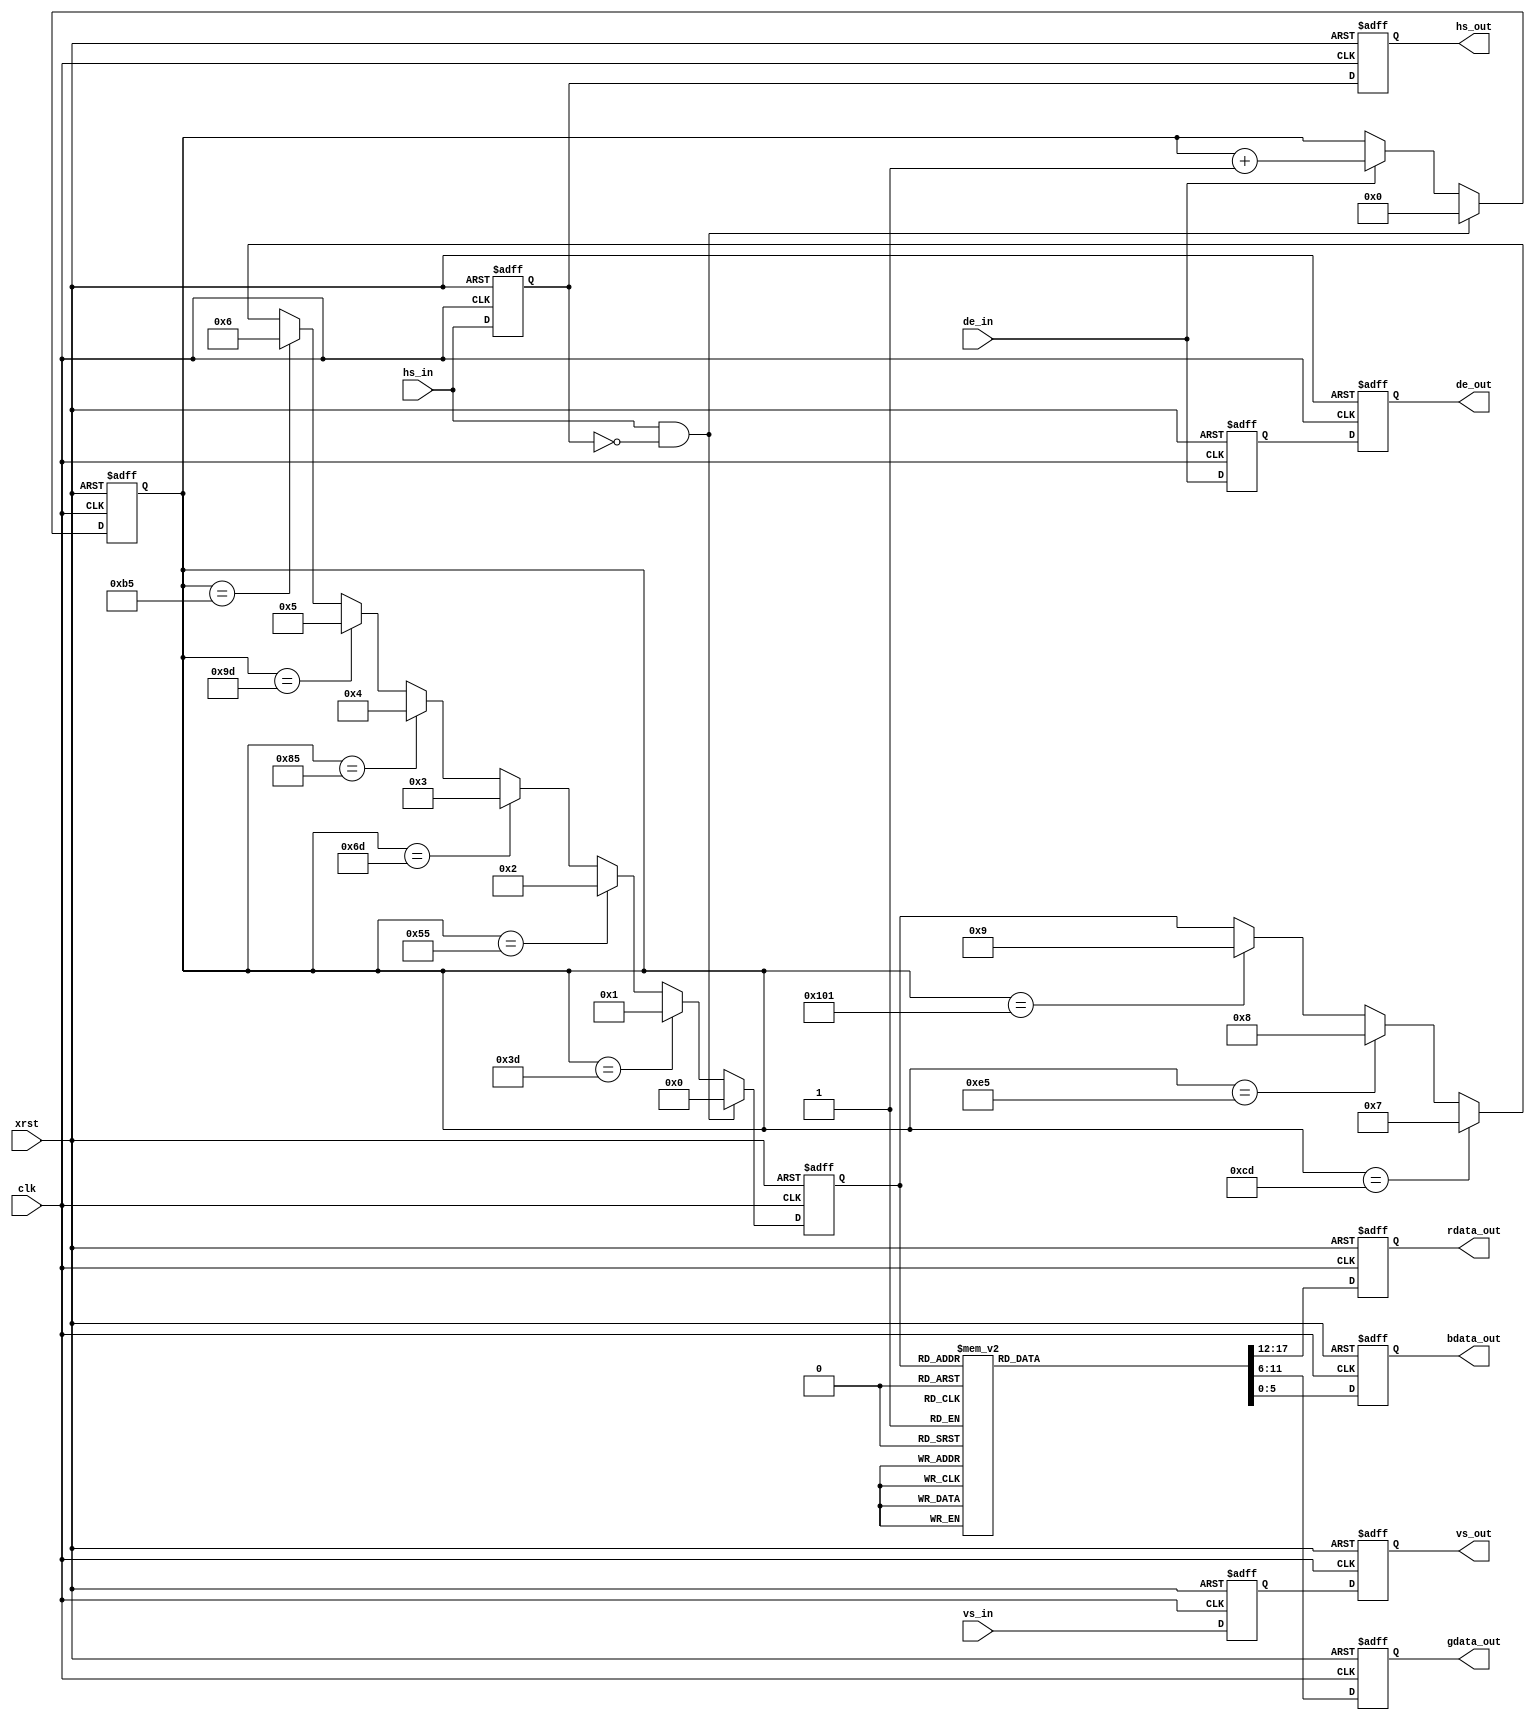
`timescale 1 ns / 1 ps
module pgen(
	    clk,
	    xrst,
	    vs_in,
	    hs_in,
	    de_in,
	    vs_out,
	    hs_out,
	    de_out,
	    rdata_out,
	    gdata_out,
	    bdata_out
	    );

   parameter P_DAT_BIT = 6;
   parameter P_DL = 2;
   
   input                  clk;
   input 		  xrst;
   
   input 		  vs_in;
   input 		  hs_in;
   input                  de_in;

   output                 vs_out;
   output                 hs_out;
   output                 de_out;
   output [P_DAT_BIT-1:0] rdata_out;
   output [P_DAT_BIT-1:0] gdata_out;
   output [P_DAT_BIT-1:0] bdata_out;
   
   reg [8:0] 	vdecnt; // 0~239H
   reg [8:0] 	hdecnt; // 0~319clk

   reg 		vs_d1, hs_d1, de_d1;
 
	reg [3:0] color_state;
	
   wire 	vs_r;
   wire 	hs_r;
   wire 	de_f;

   reg [P_DAT_BIT*3-1:0] pre_data_out;

	reg       vs_out;
	reg       hs_out;
	reg       de_out;
   reg [P_DAT_BIT-1:0] rdata_out;
   reg [P_DAT_BIT-1:0] gdata_out;
   reg [P_DAT_BIT-1:0] bdata_out;

	
   //--------------------------------------
   // main
   //--------------------------------------

   // Rise/Fall edge
   always@(posedge clk or negedge xrst) begin
      if(~xrst) begin
	 vs_d1 <= 1'b0;
	 hs_d1 <= 1'b0;
	 de_d1 <= 1'b0;
      end
      else begin
	 vs_d1 <= #P_DL vs_in;
	 hs_d1 <= #P_DL hs_in;
	 de_d1 <= #P_DL de_in;
      end
   end

   assign vs_r = vs_in & ~vs_d1;
   assign hs_r = hs_in & ~hs_d1;   
   assign de_f = ~de_in & de_d1;
   
   // vdecnt
   always@(posedge clk or negedge xrst) begin
      if(~xrst)
	vdecnt <= 9'd0;
      else if(vs_r)
	vdecnt <= #P_DL 9'd0;
      else if(de_f)
	vdecnt <= #P_DL vdecnt + 9'd1;	
   end
   
   // hdecnt
   always@(posedge clk or negedge xrst) begin
      if(~xrst)
	hdecnt <= 9'd0;
      else if(hs_r)
	hdecnt <= #P_DL 9'd0;
      else if(de_in)
	hdecnt <= #P_DL hdecnt + 9'd1;	
   end

   //--------------------------------------
   // H Color bar
   //--------------------------------------

   // color state
   always@(posedge clk or negedge xrst) begin
      if(~xrst)
	color_state <= 4'd0;
      else if(hs_r)
	color_state <= #P_DL 4'd0; // dummy
      else if(hdecnt == 9'd61)
	color_state <= #P_DL 4'd1; // white
      else if(hdecnt == 9'd85)
	color_state <= #P_DL 4'd2; // yellow
      else if(hdecnt == 9'd109)
	color_state <= #P_DL 4'd3; // cyan
      else if(hdecnt == 9'd133)
	color_state <= #P_DL 4'd4; // green
      else if(hdecnt == 9'd157)
	color_state <= #P_DL 4'd5; // magenta
      else if(hdecnt == 9'd181)
	color_state <= #P_DL 4'd6; // red
      else if(hdecnt == 9'd205)
	color_state <= #P_DL 4'd7; // blue
      else if(hdecnt == 9'd229)
	color_state <= #P_DL 4'd8; // black
      else if(hdecnt == 9'd257)
	color_state <= #P_DL 4'd9; // dummy
      else
	color_state <= #P_DL color_state; // keep
   end
   
   // color select
   always@(*) begin
      case(color_state)
	 4'd0: pre_data_out = {6'd0,  6'd0,  6'd0 }; // dummy
	 4'd1: pre_data_out = {6'd63, 6'd63, 6'd63}; // White
	 4'd2: pre_data_out = {6'd63, 6'd63, 6'd0 }; // Yellow
	 4'd3: pre_data_out = {6'd0,  6'd63, 6'd63}; // Cyan
	 4'd4: pre_data_out = {6'd0,  6'd63, 6'd0 }; // Green
	 4'd5: pre_data_out = {6'd63, 6'd0,  6'd63}; // Magenta
	 4'd6: pre_data_out = {6'd63, 6'd0,  6'd0 }; // Red
	 4'd7: pre_data_out = {6'd0,  6'd0,  6'd63}; // Blue
	 4'd8: pre_data_out = {6'd0,  6'd0,  6'd0 }; // Black
	 4'd9: pre_data_out = {6'd0,  6'd0,  6'd0 }; // Dummy
	 default: pre_data_out = 18'hxxxxx;
      endcase // case (color_state)
   end
   
   // Output FF
   always@(posedge clk or negedge xrst) begin
      if(~xrst) begin
	 vs_out <= 1'b0;
	 hs_out <= 1'b0;
	 de_out <= 1'b0;	 
	 rdata_out <= 6'd0;
	 gdata_out <= 6'd0;
	 bdata_out <= 6'd0;	 
      end
      else begin
	 vs_out <= #P_DL vs_d1;
	 hs_out <= #P_DL hs_d1;
	 de_out <= #P_DL de_d1;
	 rdata_out <= #P_DL pre_data_out[17:12];
	 gdata_out <= #P_DL pre_data_out[11:6];
	 bdata_out <= #P_DL pre_data_out[5:0];	 
      end
   end
   
	 
endmodule // pgen